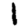
Digit: 1